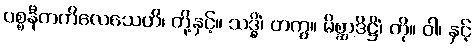
ပစ္စနီကကိလေသေဟိ၊ တို့နှင့်။ သဒ္ဓိံ၊ တကွ။ မိစ္ဆာဒိဋ္ဌိံ၊ ကို။ ဝါ၊ နှင့်